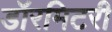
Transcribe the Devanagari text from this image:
डॉरमिटरी